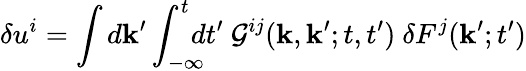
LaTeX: \delta u^{i}=\int d{\mathbf{k}}^{\prime}\int_{-\infty}^{t}\! \! \! \! dt^{\prime}\ {\cal{G}}^{ij}({\mathbf{k}},{\mathbf{k}}^{\prime};t,t^{\prime})\ \delta F^{j}({\mathbf{k}}^{\prime};t^{\prime})